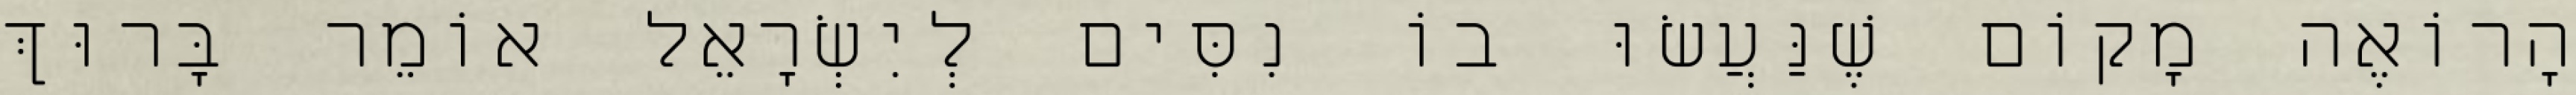
הָרוֹאֶה מָקוֹם שֶׁנַּעֲשׂוּ בוֹ נִסִּים לְיִשְׂרָאֵל אוֹמֵר בָּרוּךְ